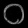
Digit: ၀